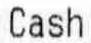
CASH